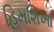
હિમશિખા